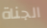
الجناة